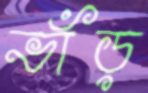
ভাঁড়